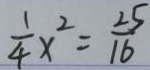
\frac { 1 } { 4 } x ^ { 2 } = \frac { 2 5 } { 1 6 }